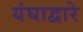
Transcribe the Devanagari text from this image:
यंघाद्वारे